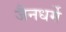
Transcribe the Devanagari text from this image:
जैनधर्मे